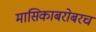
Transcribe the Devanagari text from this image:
मासिकाबरोबरच